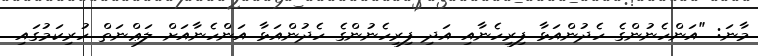
މާނަ: "އަންހެނުންގެ ހެދުންއަޅާ ފިރިހެނާއި އަދި ފިރިހެނުންގެ ހެދުންއަޅާ އަންހެނާއަށް ލަޢްނަތް ހުރިކަމުގައި